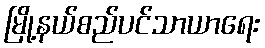
မြို့နယ်စည်ပင်သာယာရေး